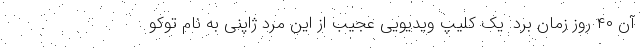
آن ۴۰ روز زمان برد. یک کلیپ ویدیویی عجیب از این مرد ژاپنی به نام توکو